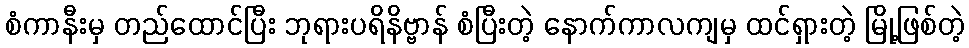
စံကာနီးမှ တည်ထောင်ပြီး ဘုရားပရိနိဗ္ဗာန် စံပြီးတဲ့ နောက်ကာလကျမှ ထင်ရှားတဲ့ မြို့ဖြစ်တဲ့